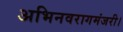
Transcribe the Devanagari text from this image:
अभिनवरागमंजरी।